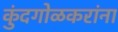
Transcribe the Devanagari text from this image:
कुंदगोळकरांना